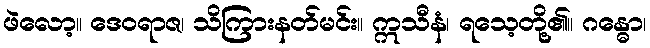
ဖဲလော့။ ဒေဝရာဇ၊ သိကြားနတ်မင်း။ ဣသီနံ၊ ရသေ့တို့၏။ ဂန္ဓော၊